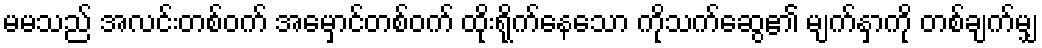
မမသည် အလင်းတစ်ဝက် အမှောင်တစ်ဝက် ထိုးရိုက်နေသော ကိုသက်ဆွေ၏ မျက်နှာကို တစ်ချက်မျှ